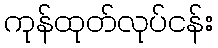
ကုန်ထုတ်လုပ်ငန်း